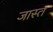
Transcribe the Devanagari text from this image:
जास्‍त्‍ा